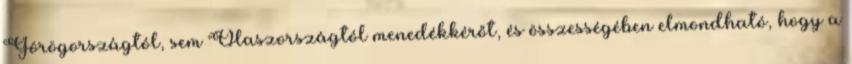
Görögországtól, sem Olaszországtól menedékkérőt, és összességében elmondható, hogy a